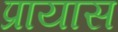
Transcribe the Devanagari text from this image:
प्रायास